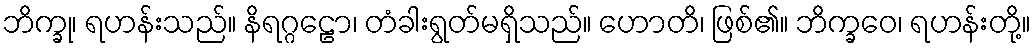
ဘိက္ခု၊ ရဟန်းသည်။ နိရဂ္ဂဠော၊ တံခါးရွတ်မရှိသည်။ ဟောတိ၊ ဖြစ်၏။ ဘိက္ခဝေ၊ ရဟန်းတို့။